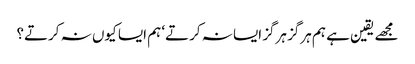
مجھے یقین ہے ہم ہرگز ہرگز ایسا نہ کرتے‘ ہم ایسا کیوں نہ کرتے؟